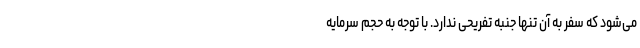
می‌شود که سفر به آن تنها جنبه تفریحی ندارد. با توجه به حجم سرمایه